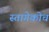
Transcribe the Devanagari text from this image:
स्तागेकोच